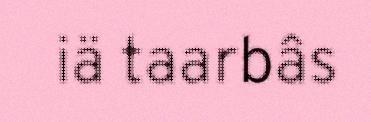
iä taarbâs